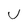
Character: U